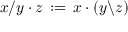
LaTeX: x / y \cdot z \, : = \, x \cdot ( y \backslash z )